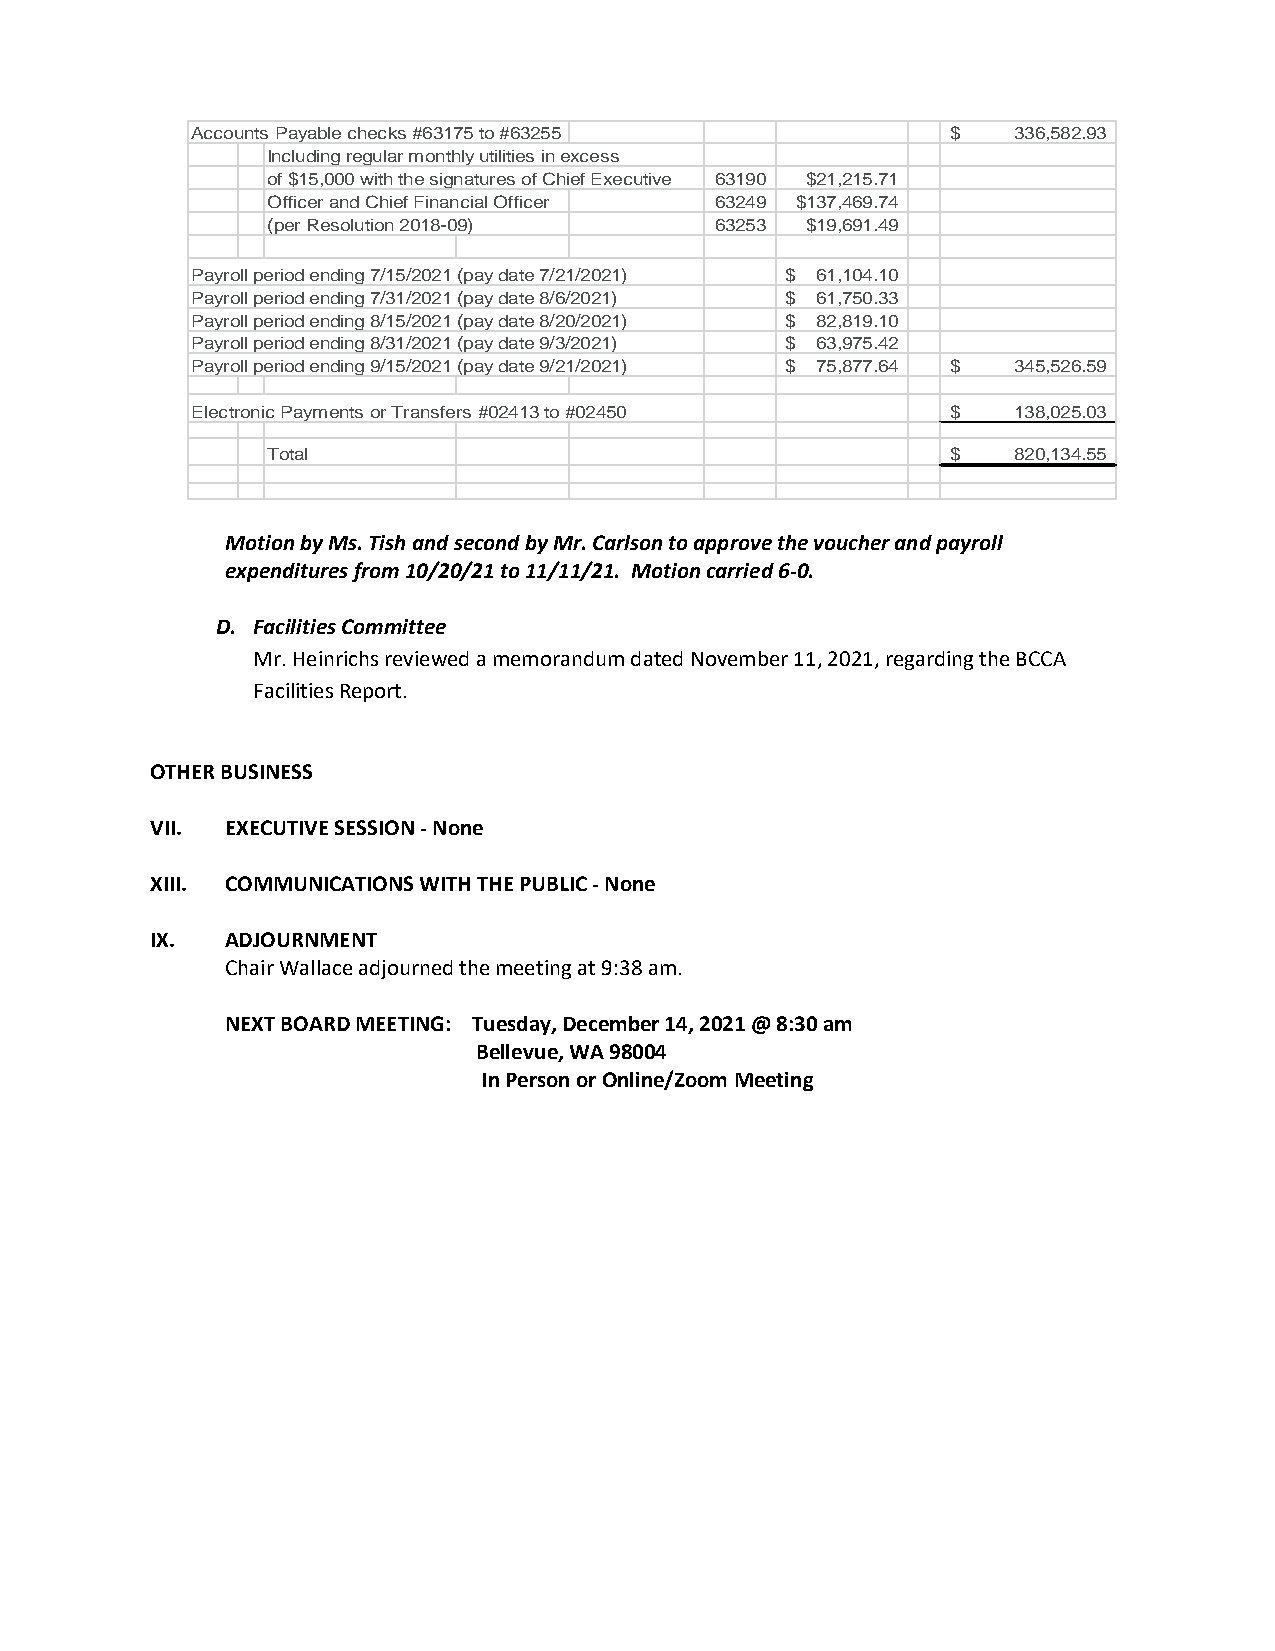
Accounts Payable checks #63175 to #63255          $   336,582.93
 Including regular monthly utilities in excess
 of $15,000 with the signatures of Chief Executive 63190 $21,215.71
 Officer and Chief Financial Officer 63249 $137,469.74
 (per Resolution 2018-09)     63253 $19,691.49
 Payroll period ending 7/15/2021 (pay date 7/21/2021) $ 6 1,104.10
 Payroll period ending 7/31/2021 (pay date 8/6/2021) $ 6 1,750.33
 Payroll period ending 8/15/2021 (pay date 8/20/2021) $ 8 2,819.10
 Payroll period ending 8/31/2021 (pay date 9/3/2021) $ 6 3,975.42
 Payroll period ending 9/15/2021 (pay date 9/21/2021) $ 7 5,877.64 $ 345,526.59
 Electronic Payments or Transfers #02413 to #02450 $   138,025.03
 Total                                        $   820,134.55
 Motion by Ms. Tish and second by Mr. Carlson to approve the voucher and payroll
 expenditures from 10/20/21 to 11/11/21. Motion carried 6-0.
 D. Facilities Committee
 Mr. Heinrichs reviewed a memorandum dated November 11, 2021, regarding the BCCA
 Facilities Report.
 OTHER BUSINESS
 VII. EXECUTIVE SESSION - None
 XIII. COMMUNICATIONS WITH THE PUBLIC - None
 IX.  ADJOURNMENT
 Chair Wallace adjourned the meeting at 9:38 am.
 NEXT BOARD MEETING: Tuesday, December 14, 2021 @ 8:30 am
 Bellevue, WA 98004
 In Person or Online/Zoom Meeting